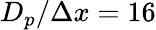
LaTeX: D_{p}/\Delta x=16